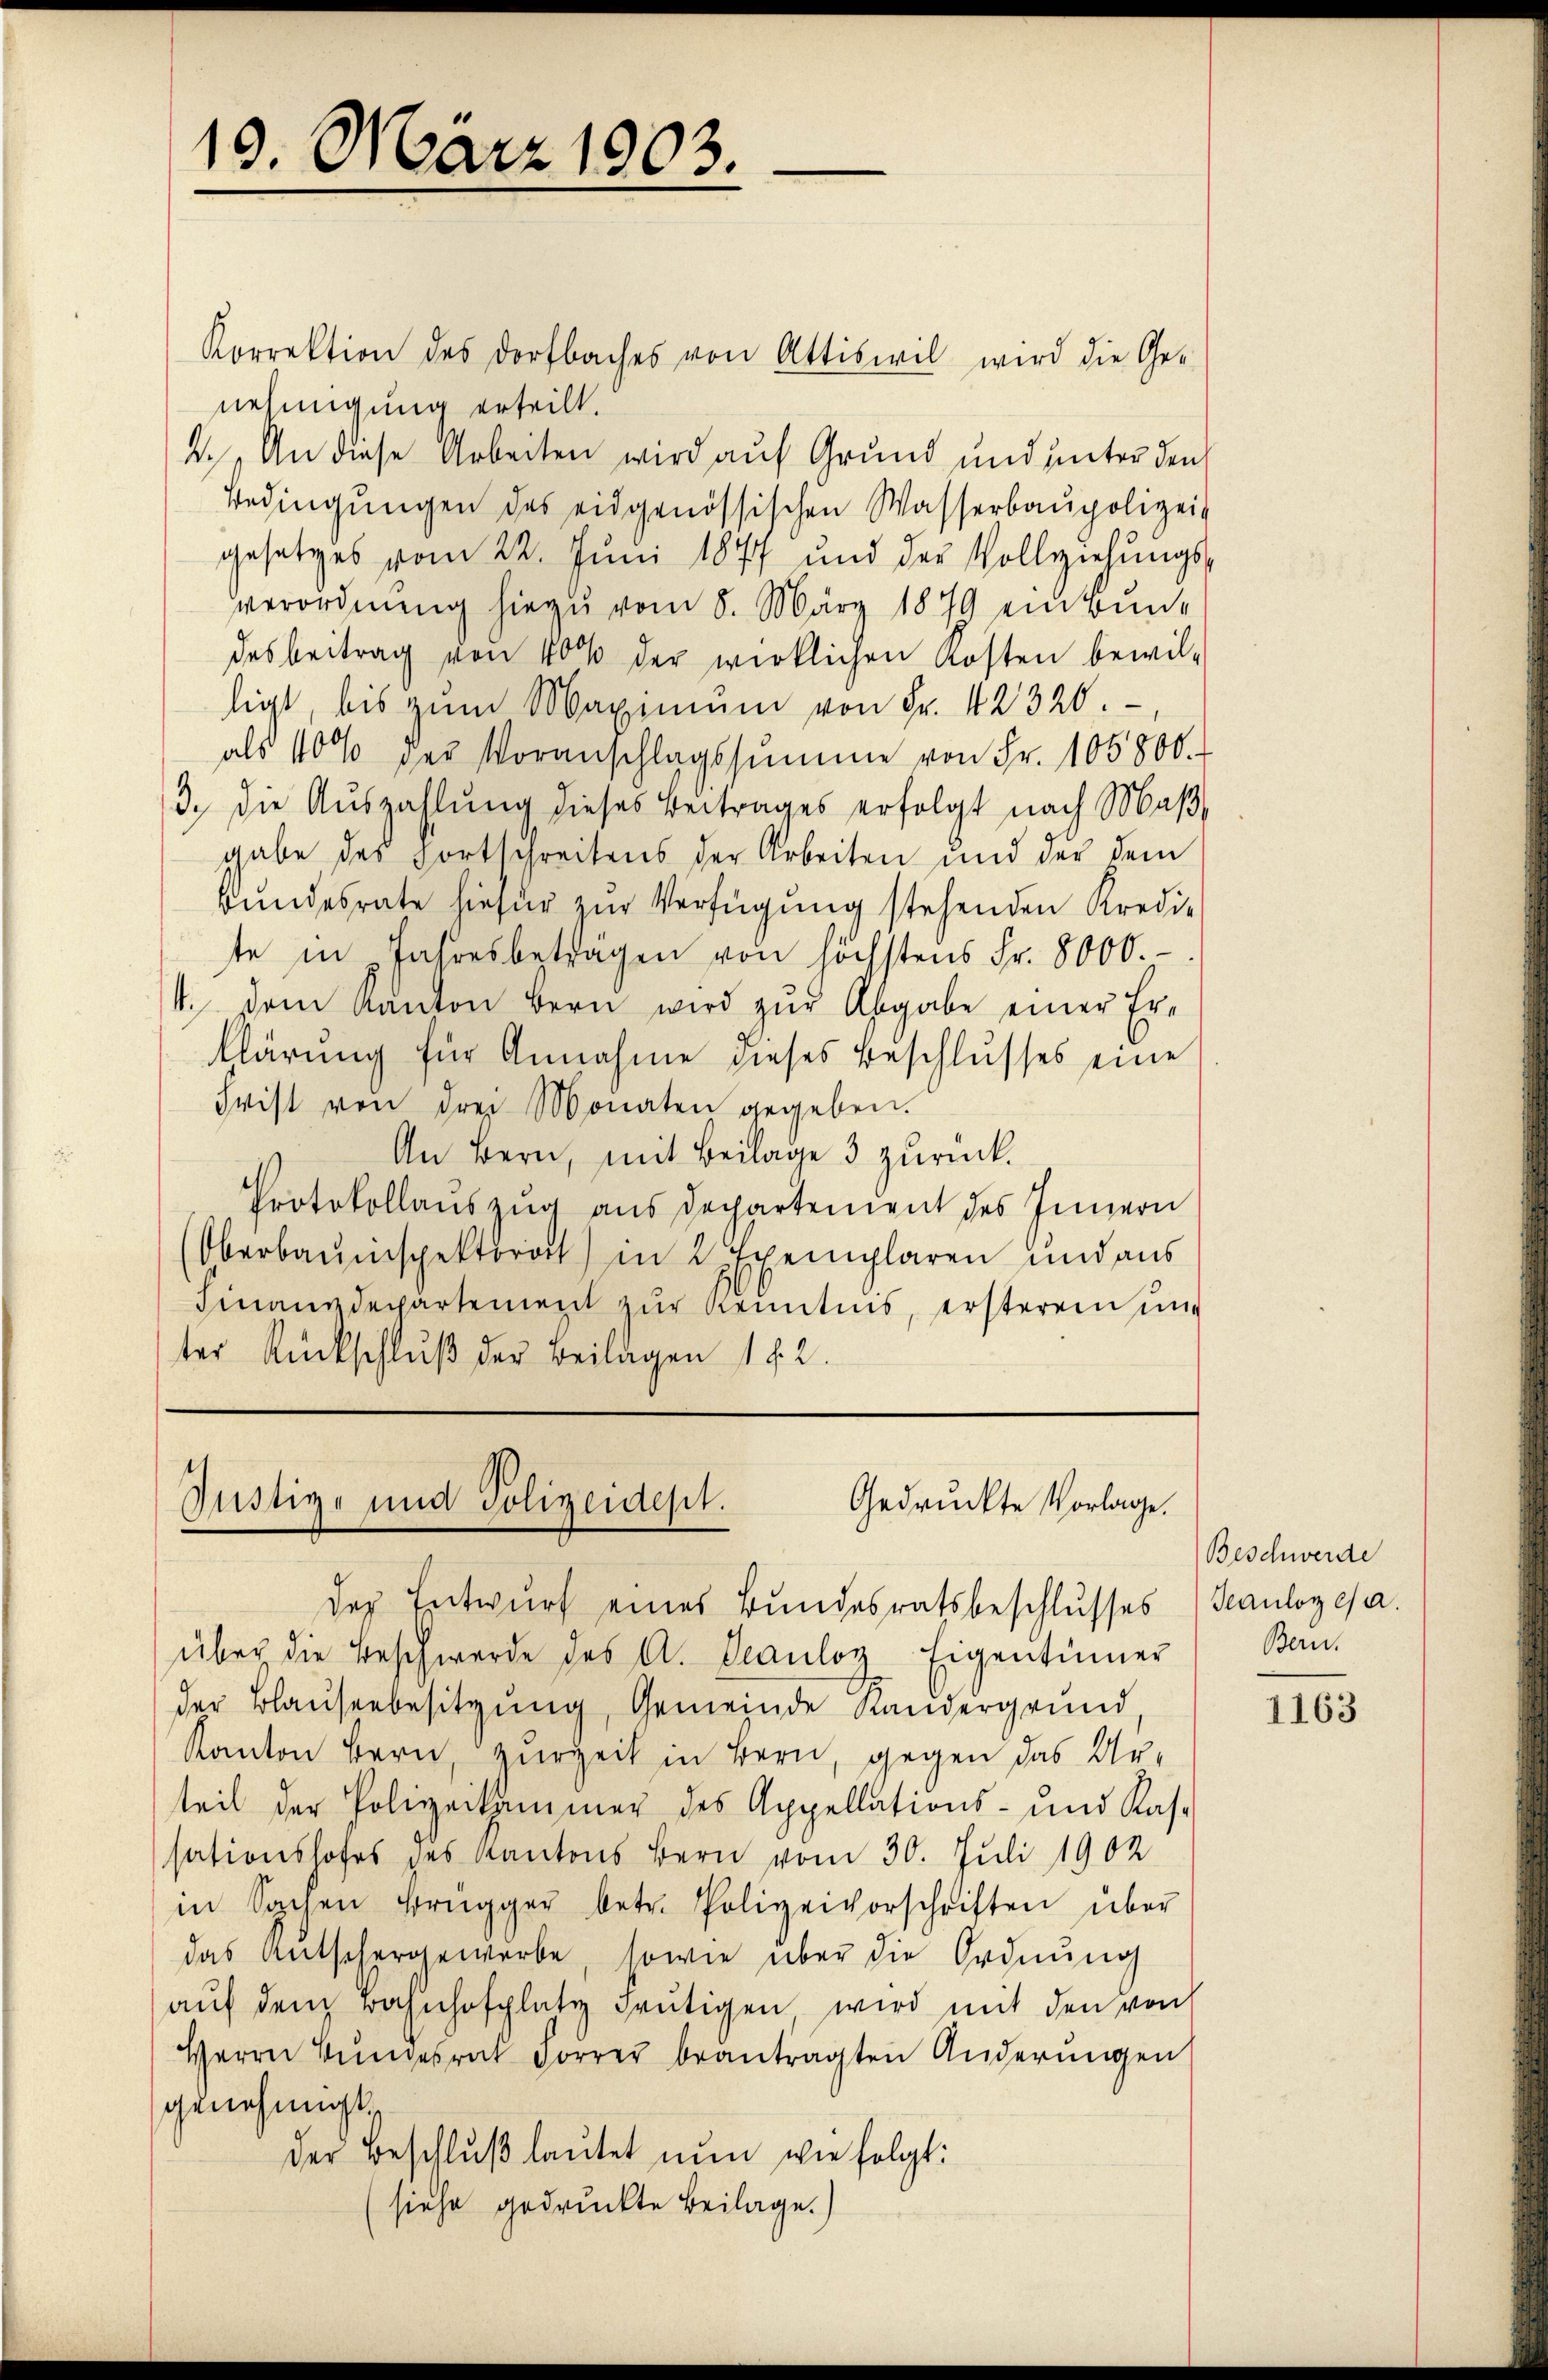
19. März 1903.

Korrektion des Dorfbaches von Attiswil wird die Ge-
nehmigung erteilt.
2. An diese Arbeiten wird auf Grund und unter den
Bedingŭngen des eidgenössischen Wasserbaupolizei
gesetzes vom 22. Juni 1877 und der Vollziehŭngs-
verordnung hiezu vom 8. März 1879 ein Bundesbeitrag von 40% der wirklichen Kosten bewil-
ligt, bis zum Maximum von Fr. 42320
als 10% der Voranschlagssumme von Fr. 105800.
3.) Die Auszahlung dieses Beitrages erfolgt nach Maß
gabe des Fortschreitens der Arbeiten und der dem
Bŭndesrate hiefür zŭr Verfügung stehenden Kredi-
te in Jahresbeträgen von höchstens Fr. 8000.-
4. Dem Kanton Bern wird zŭr Abgabe einer Erklärung für Annahme dieses Beschlusses eine
Frist von drei Monaten gegeben.
An Bern, mit Beilage 3 zurück.
Protokollauszug aus Departement des Innern
Oberbauinspektorat) in 2 Exemplaren und aus
Finanzdepartement zur Kenntnis, ersterem und
ter Rückschlŭβ der Beilagen 142.

Justige und Polizeidest.
Gedruckte Vorlage.

der Entwurf eines Bundesratsbeschlusses
über die Beschwerde des A. Scauloy Eigentümer
der Blaŭserbesitzŭng, Gemeinde Kandergrund
Kanton Bern, zurzeit in Bern, gegen das Urteil der Polizeikammer des Appellations- und Kas-
sationshofes des Kantons Bern vom 30. Juli 1902
in Sachen Brugger betr. Polizeivorschriften über
das Antschergewerbe, sowie über die Ordnung
aŭf dem Bahnhofplatz Frutigen wird mit den von
Herrn Bŭndesrat Forrer beantragten Anderŭngen
genehmigt.
der Beschlŭβ laŭtet nun wie folgt:
siehe gedruckte Beilage.)

Beschwerde
Teauloses a.
Bern.

1163